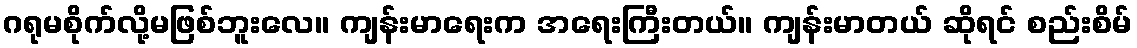
ဂရုမစိုက်လို့မဖြစ်ဘူးလေ။ ကျန်းမာရေးက အရေးကြီးတယ်။ ကျန်းမာတယ် ဆိုရင် စည်းစိမ်